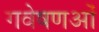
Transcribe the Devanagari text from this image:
गवेषणओं